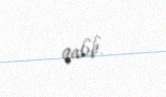
qalıb.